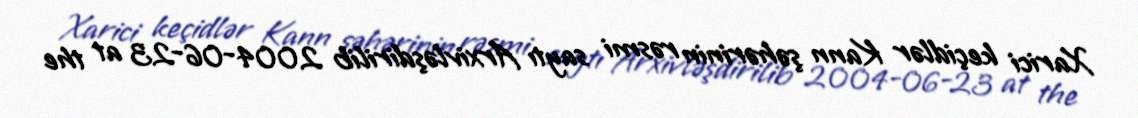
Xarici keçidlər Kann şəhərinin rəsmi saytı Arxivləşdirilib 2004-06-23 at the